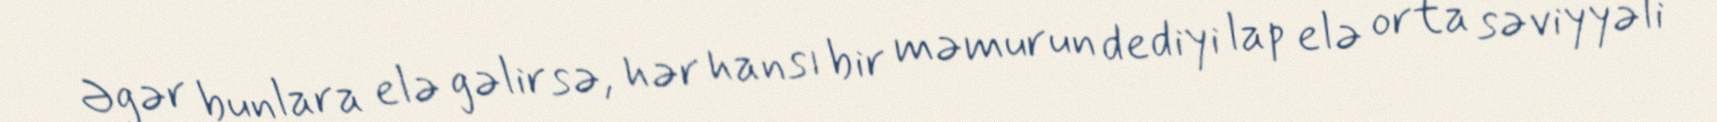
Əgər bunlara elə gəlirsə, hər hansı bir məmurun dediyi lap elə orta səviyyəli